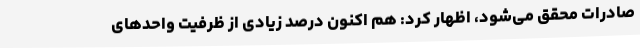
صادرات محقق می‌شود، اظهار کرد: هم اکنون درصد زیادی از ظرفیت واحدهای